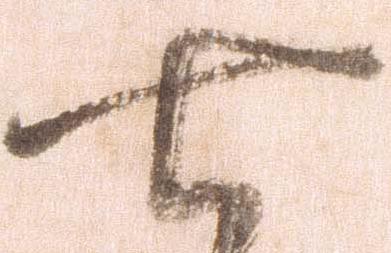
七